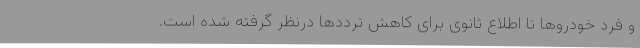
و فرد خودروها تا اطلاع ثانوی برای کاهش ترددها درنظر گرفته شده است.